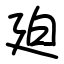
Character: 廹